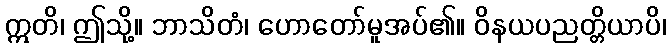
ဣတိ၊ ဤသို့။ ဘာသိတံ၊ ဟောတော်မူအပ်၏။ ဝိနယပညတ္တိယာပိ၊